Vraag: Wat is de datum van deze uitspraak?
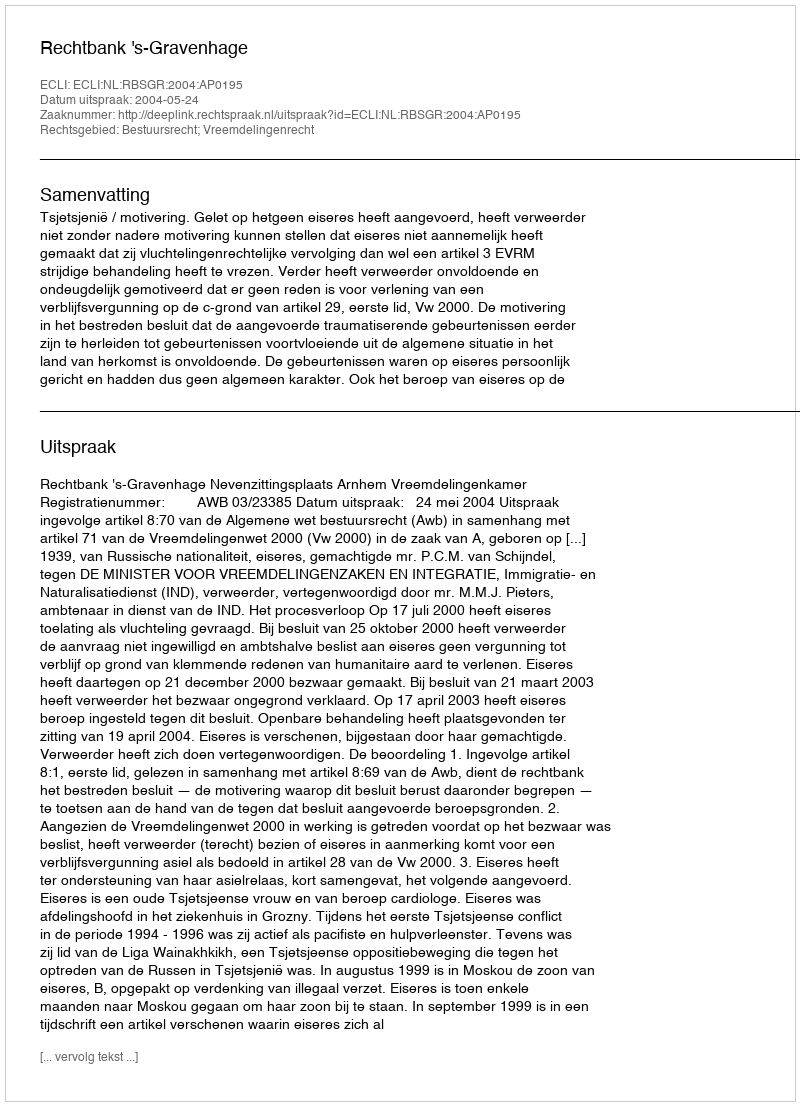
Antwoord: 2004-05-24